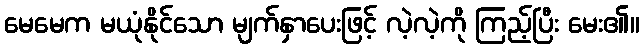
မေမေက မယုံနိုင်သော မျက်နှာပေးဖြင့် လဲ့လဲ့ကို ကြည့်ပြီး မေး၏။